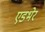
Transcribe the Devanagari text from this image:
एडभेर